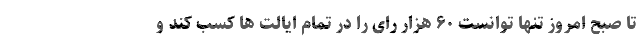
تا صبح امروز تنها توانست ۶۰ هزار رای را در تمام ایالت ها کسب کند و